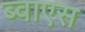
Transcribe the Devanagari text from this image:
ब्वाएस